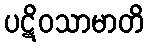
ပဋိဝသာမာတိ